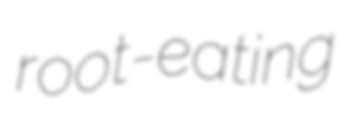
root-eating